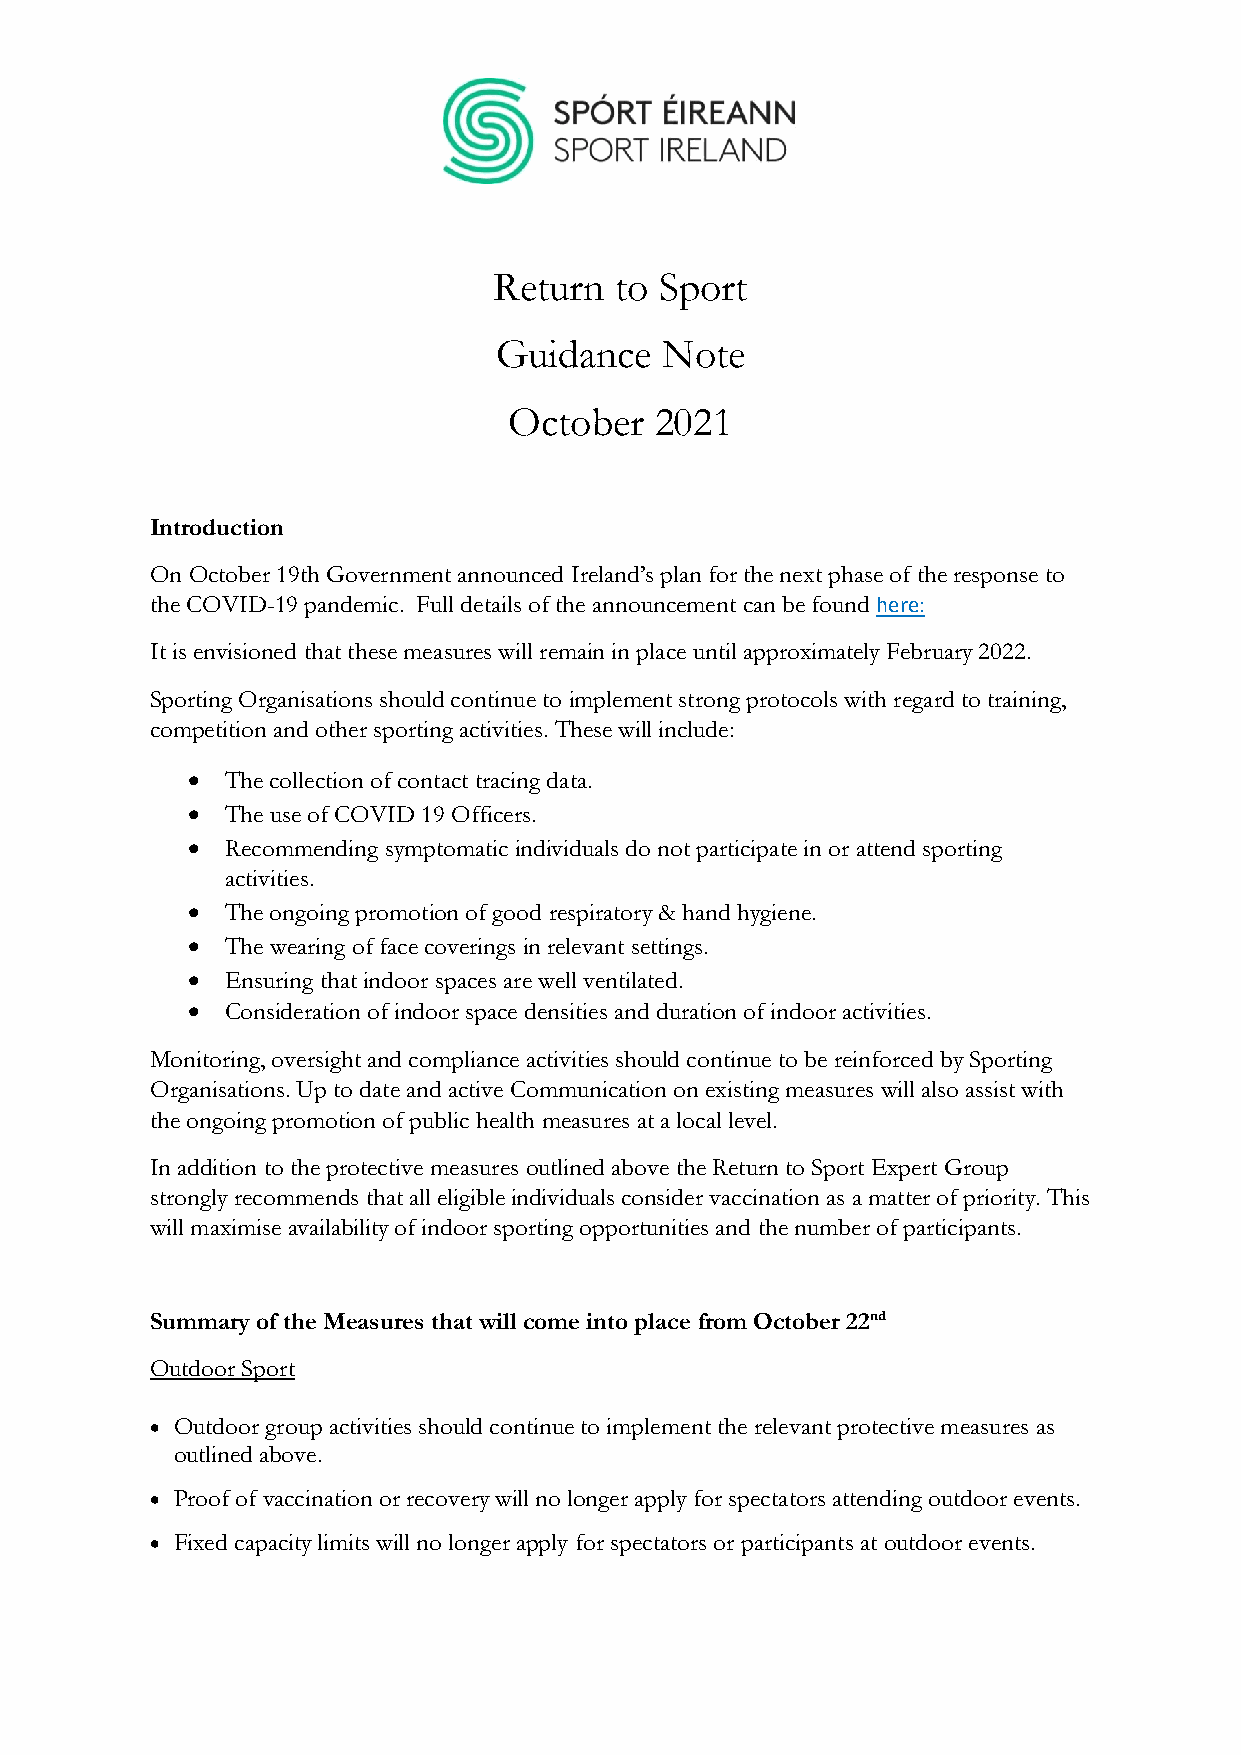
Return  to Sport
 Guidance   Note
 October  2021
 Introduction
 On October 19th Government announced Ireland’s plan for the next phase of the response to
 the COVID-19 pandemic. Full details of the announcement can be found here:
 It is envisioned that these measures will remain in place until approximately February 2022.
 Sporting Organisations should continue to implement strong protocols with regard to training,
 competition and other sporting activities. These will include:
   The collection of contact tracing data.
   The use of COVID 19 Officers.
   Recommending symptomatic individuals do not participate in or attend sporting
 activities.
   The ongoing promotion of good respiratory & hand hygiene.
   The wearing of face coverings in relevant settings.
   Ensuring that indoor spaces are well ventilated.
   Consideration of indoor space densities and duration of indoor activities.
 Monitoring, oversight and compliance activities should continue to be reinforced by Sporting
 Organisations. Up to date and active Communication on existing measures will also assist with
 the ongoing promotion of public health measures at a local level.
 In addition to the protective measures outlined above the Return to Sport Expert Group
 strongly recommends that all eligible individuals consider vaccination as a matter of priority. This
 will maximise availability of indoor sporting opportunities and the number of participants.
 Summary of the Measures that will come into place from October 22nd
 Outdoor Sport
  Outdoor group activities should continue to implement the relevant protective measures as
 outlined above.
  Proof of vaccination or recovery will no longer apply for spectators attending outdoor events.
  Fixed capacity limits will no longer apply for spectators or participants at outdoor events.